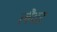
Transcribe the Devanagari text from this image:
लैदर